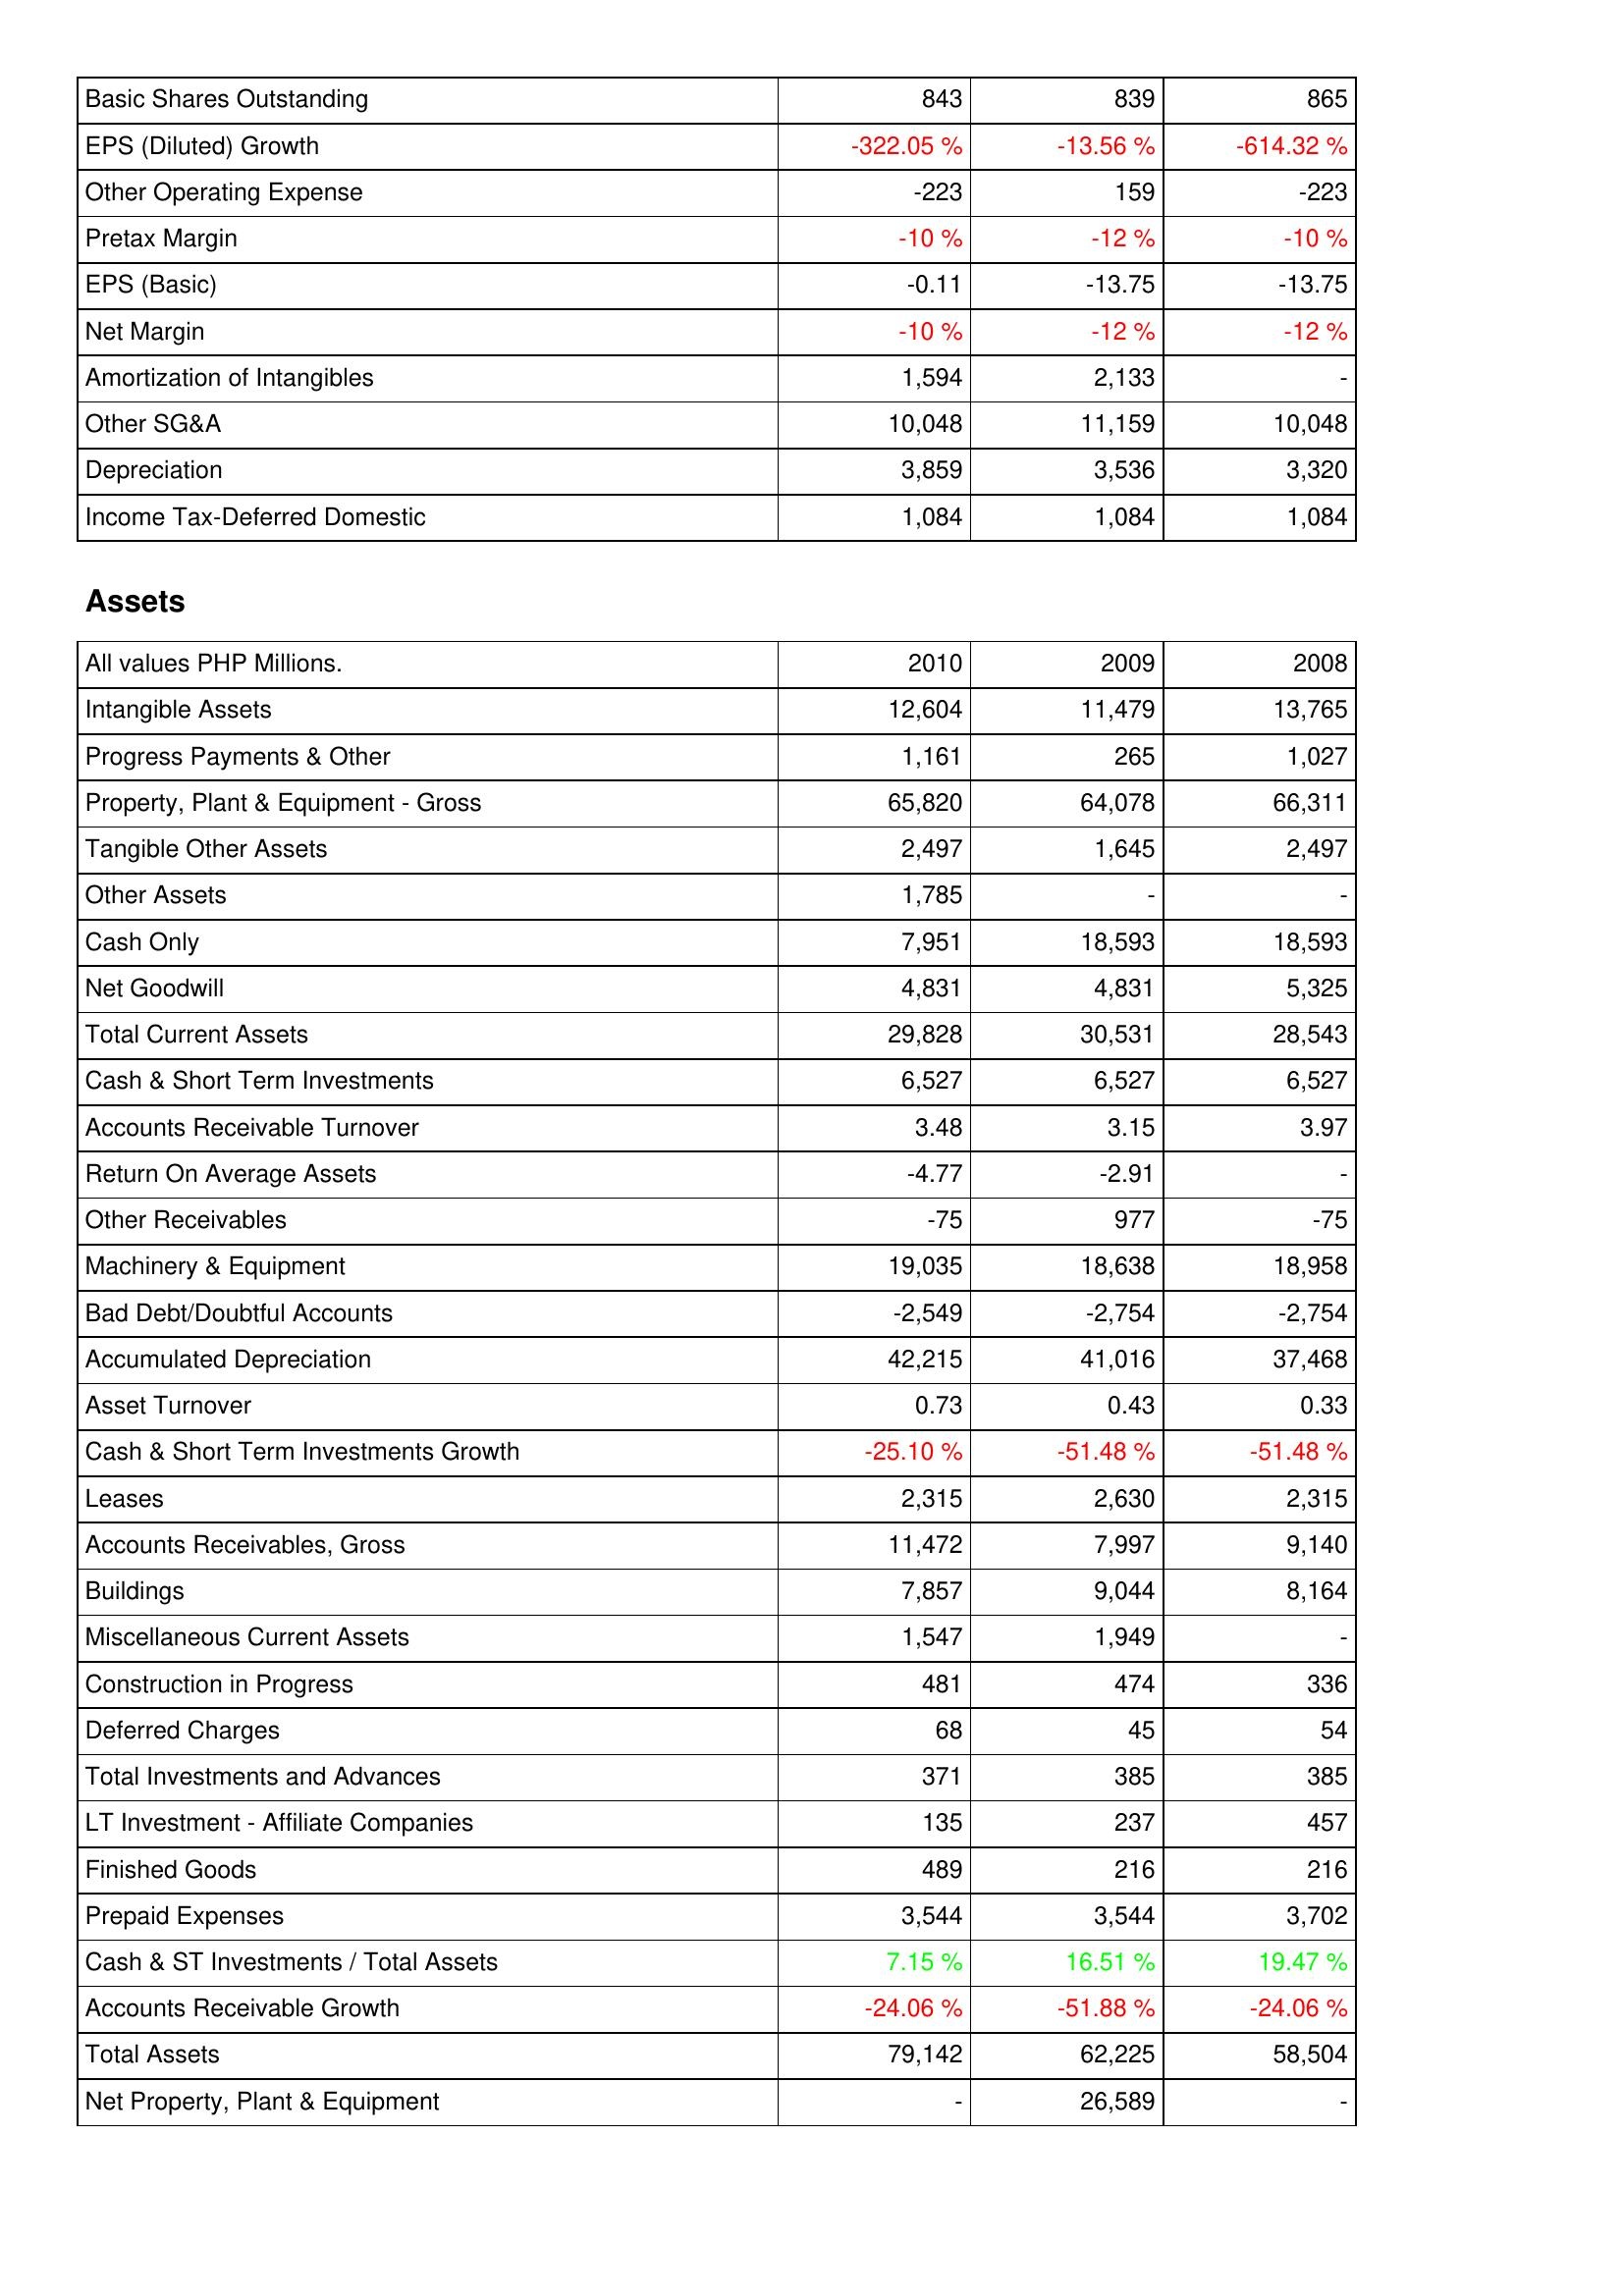
2010: Income Statement: Basic Shares Outstanding: 843
EPS (Diluted) Growth: -322.05 %
Other Operating Expense: -223
Pretax Margin: -10 %
EPS (Basic): -0.11
Net Margin: -10 %
Amortization of Intangibles: 1,594
Other SG&A: 10,048
Depreciation: 3,859
Income Tax-Deferred Domestic: 1,084
Assets: Intangible Assets: 12,604
Progress Payments & Other: 1,161
Property, Plant & Equipment - Gross: 65,820
Tangible Other Assets: 2,497
Other Assets: 1,785
Cash Only: 7,951
Net Goodwill: 4,831
Total Current Assets: 29,828
Cash & Short Term Investments: 6,527
Accounts Receivable Turnover: 3.48
Return On Average Assets: -4.77
Other Receivables: -75
Machinery & Equipment: 19,035
Bad Debt/Doubtful Accounts: -2,549
Accumulated Depreciation: 42,215
Asset Turnover: 0.73
Cash & Short Term Investments Growth: -25.10 %
Leases: 2,315
Accounts Receivables, Gross: 11,472
Buildings: 7,857
Miscellaneous Current Assets: 1,547
Construction in Progress: 481
Deferred Charges: 68
Total Investments and Advances: 371
LT Investment - Affiliate Companies: 135
Finished Goods: 489
Prepaid Expenses: 3,544
Cash & ST Investments / Total Assets: 7.15 %
Accounts Receivable Growth: -24.06 %
Total Assets: 79,142
Net Property, Plant & Equipment: -
2009: Income Statement: Basic Shares Outstanding: 839
EPS (Diluted) Growth: -13.56 %
Other Operating Expense: 159
Pretax Margin: -12 %
EPS (Basic): -13.75
Net Margin: -12 %
Amortization of Intangibles: 2,133
Other SG&A: 11,159
Depreciation: 3,536
Income Tax-Deferred Domestic: 1,084
Assets: Intangible Assets: 11,479
Progress Payments & Other: 265
Property, Plant & Equipment - Gross: 64,078
Tangible Other Assets: 1,645
Other Assets: -
Cash Only: 18,593
Net Goodwill: 4,831
Total Current Assets: 30,531
Cash & Short Term Investments: 6,527
Accounts Receivable Turnover: 3.15
Return On Average Assets: -2.91
Other Receivables: 977
Machinery & Equipment: 18,638
Bad Debt/Doubtful Accounts: -2,754
Accumulated Depreciation: 41,016
Asset Turnover: 0.43
Cash & Short Term Investments Growth: -51.48 %
Leases: 2,630
Accounts Receivables, Gross: 7,997
Buildings: 9,044
Miscellaneous Current Assets: 1,949
Construction in Progress: 474
Deferred Charges: 45
Total Investments and Advances: 385
LT Investment - Affiliate Companies: 237
Finished Goods: 216
Prepaid Expenses: 3,544
Cash & ST Investments / Total Assets: 16.51 %
Accounts Receivable Growth: -51.88 %
Total Assets: 62,225
Net Property, Plant & Equipment: 26,589
2008: Income Statement: Basic Shares Outstanding: 865
EPS (Diluted) Growth: -614.32 %
Other Operating Expense: -223
Pretax Margin: -10 %
EPS (Basic): -13.75
Net Margin: -12 %
Amortization of Intangibles: -
Other SG&A: 10,048
Depreciation: 3,320
Income Tax-Deferred Domestic: 1,084
Assets: Intangible Assets: 13,765
Progress Payments & Other: 1,027
Property, Plant & Equipment - Gross: 66,311
Tangible Other Assets: 2,497
Other Assets: -
Cash Only: 18,593
Net Goodwill: 5,325
Total Current Assets: 28,543
Cash & Short Term Investments: 6,527
Accounts Receivable Turnover: 3.97
Return On Average Assets: -
Other Receivables: -75
Machinery & Equipment: 18,958
Bad Debt/Doubtful Accounts: -2,754
Accumulated Depreciation: 37,468
Asset Turnover: 0.33
Cash & Short Term Investments Growth: -51.48 %
Leases: 2,315
Accounts Receivables, Gross: 9,140
Buildings: 8,164
Miscellaneous Current Assets: -
Construction in Progress: 336
Deferred Charges: 54
Total Investments and Advances: 385
LT Investment - Affiliate Companies: 457
Finished Goods: 216
Prepaid Expenses: 3,702
Cash & ST Investments / Total Assets: 19.47 %
Accounts Receivable Growth: -24.06 %
Total Assets: 58,504
Net Property, Plant & Equipment: -